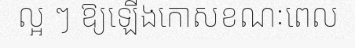
ល្អ ៗ ឱ្យឡើងកោសខណៈពេល